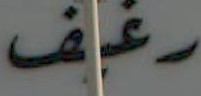
رغيف